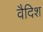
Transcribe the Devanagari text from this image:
वैदिश